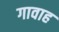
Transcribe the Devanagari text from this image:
गावाह